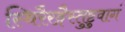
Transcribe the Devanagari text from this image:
स्थिरैरङ्गैस्तुष्टुवागं